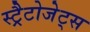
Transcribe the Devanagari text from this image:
स्ट्रैटोजेट्स